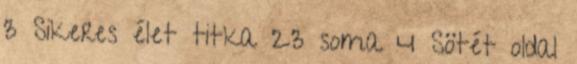
3 Sikeres élet titka 23 soma 4 Sötét oldal